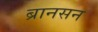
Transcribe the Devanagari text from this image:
ब्रानसन